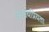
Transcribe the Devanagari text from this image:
आशयप्रियता